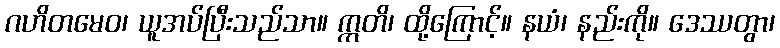
ဂဟိတမေဝ၊ ယူအပ်ပြီးသည်သာ။ ဣတိ၊ ထို့ကြောင့်။ နယံ၊ နည်းကို။ ဒေဿတွာ၊